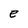
Character: e